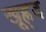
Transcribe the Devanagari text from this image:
खूह्न्द